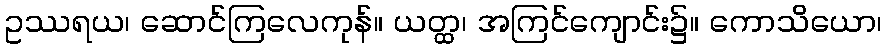
ဥဿရယ၊ ဆောင်ကြလေကုန်။ ယတ္ထ၊ အကြင်ကျောင်း၌။ ကောသိယော၊